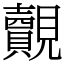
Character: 覿